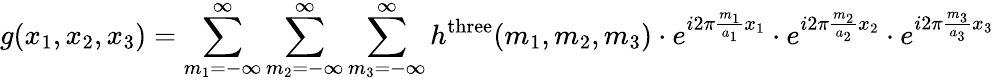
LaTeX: g(x_{1},x_{2},x_{3})=\sum_{m_{1}=-\infty}^{\infty}\sum_{m_{2}=-\infty}^{\infty}\sum_{m_{3}=-\infty}^{\infty}h^{\mathrm{three}}(m_{1},m_{2},m_{3})\cdot e^{i2\pi{\frac{m_{1}}{a_{1}}}x_{1}}\cdot e^{i2\pi{\frac{m_{2}}{a_{2}}}x_{2}}\cdot e^{i2\pi{\frac{m_{3}}{a_{3}}}x_{3}}